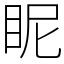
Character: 眤